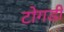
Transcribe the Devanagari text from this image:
टोगडी